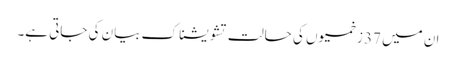
ان میں 37 زخمیوں کی حالت تشویشناک بیان کی جاتی ہے۔